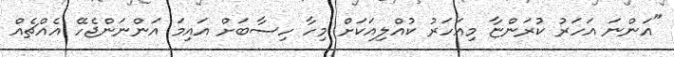
"އަންނަ އަހަރު ކުރަންޏާ މިއަހަރު ކުއްލިއަކަށް މިހާ ހިސާބަށް އައިމަ އަންނަންޖެހޭ އެއްޗެއް